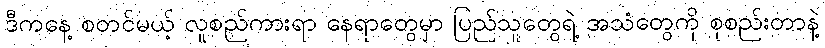
ဒီကနေ့ စတင်မယ့် လူစည်ကားရာ နေရာတွေမှာ ပြည်သူတွေရဲ့ အသံတွေကို စုစည်းတာနဲ့